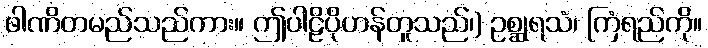
ဖါဏိတမည်သည်ကား။ ဤပါဠိပိုဟန်တူသည်၊) ဥစ္ဆုရသံ၊ ကြံရည်ကို။